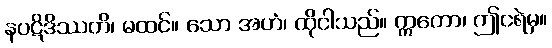
နပဋိဒိဿတိ၊ မထင်။ သော အဟံ၊ ထိုငါသည်။ ဣတော၊ ဤငရဲမှ။